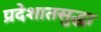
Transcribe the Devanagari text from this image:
प्रदेशातसुद्धा